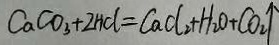
C a C O _ { 3 } + 2 H C l = C a C l _ { 2 } + H _ { 2 } O + C O _ { 2 } \uparrow